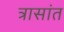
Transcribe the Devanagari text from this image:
त्रासांत